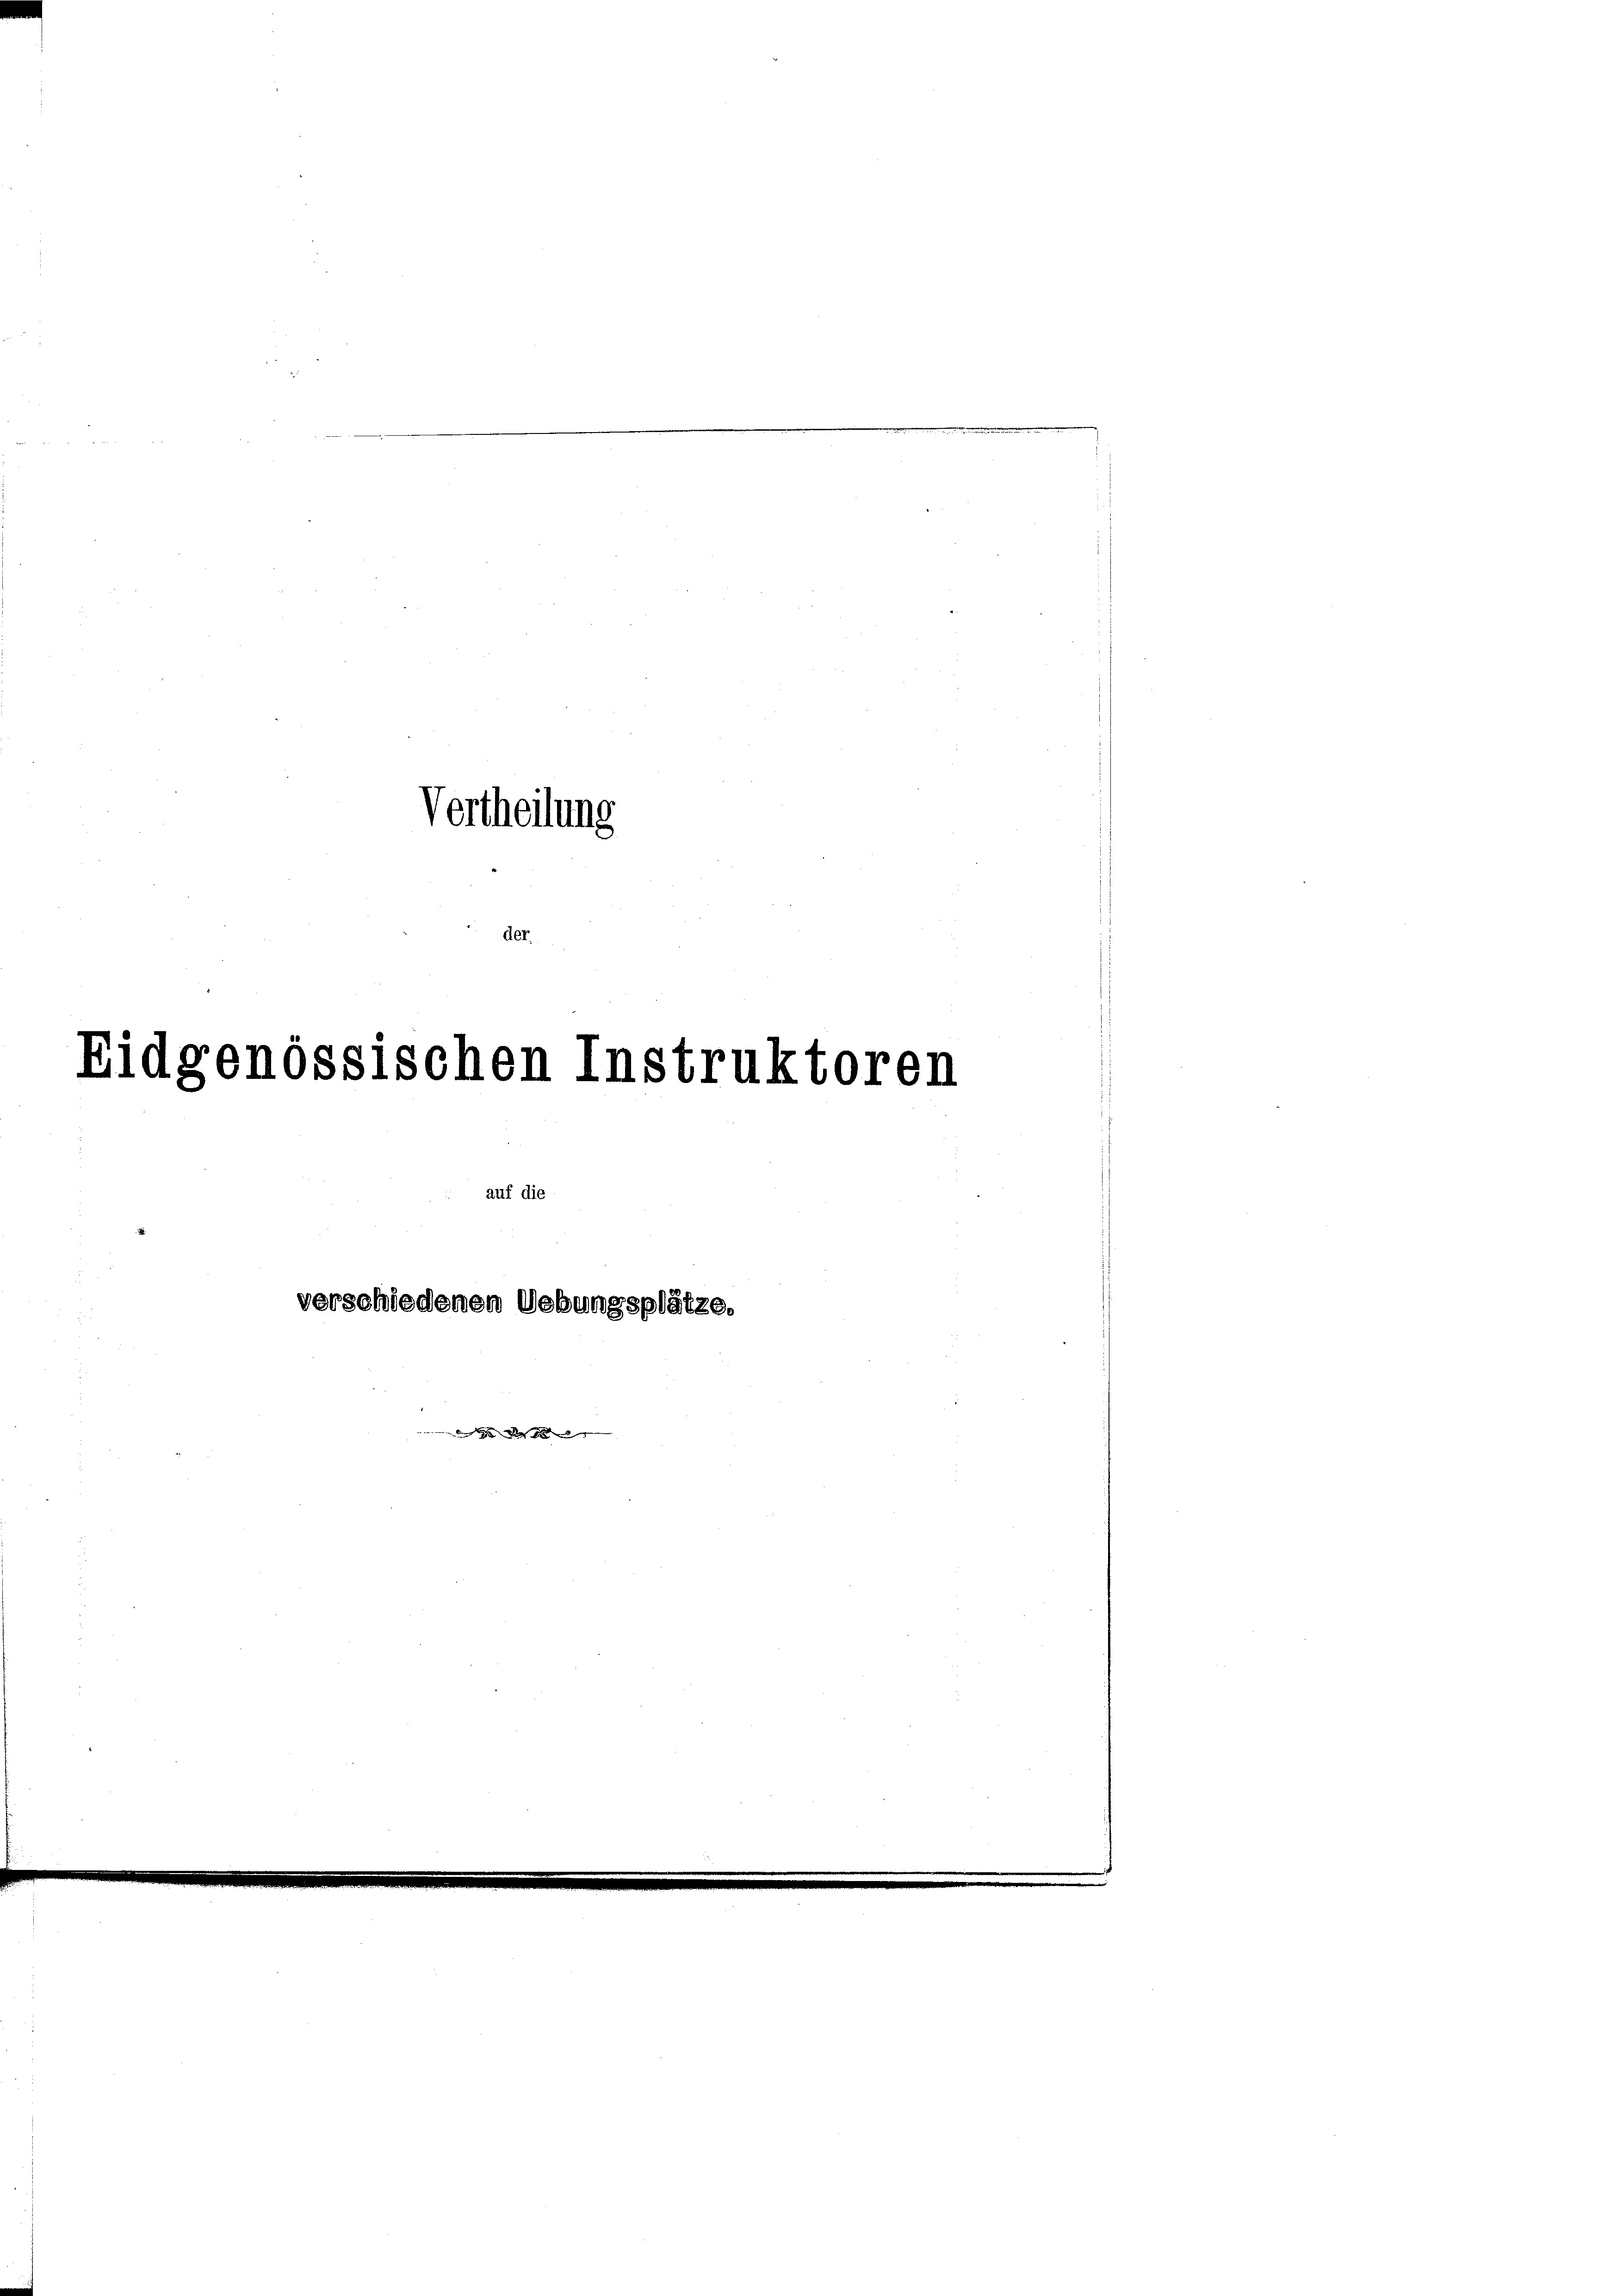
Vertheilung
der.

Eidgenössischen Instruktoren
auf die
verschiedenen Uebungsplätze,
g